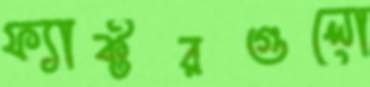
ফ্যাক্টরগুলো